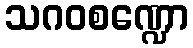
သဂဝစဏ္ဍော